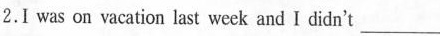
2.I was on acation last week and I didn't ___